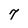
Character: 7